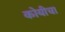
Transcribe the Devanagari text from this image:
कोयीचा